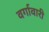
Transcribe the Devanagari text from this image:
वर्गावारी